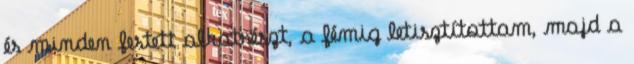
és minden festett alkatrészt, a fémig letisztítottam, majd a